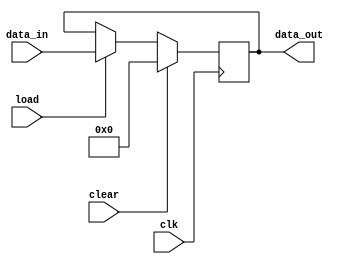
//Defining PIPO2 Register
module pipo2(data_out, data_in, load, clear, clk);
	input[15:0] data_in;
	input load, clk, clear;
	output reg[15:0] data_out;

	always @(posedge clk) begin
		if (clear)
			data_out <= 0;
		else if (load)
			data_out <= data_in;
	end
endmodule